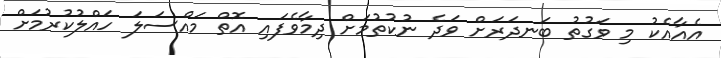
އެއާއެކު މި ވަގުތު ބަނދަރަށް ވަދެ ނުކުތުމަށް ދިމާވެފައި އޮތް މައްސަލަ ހައްލުކުރުމަށް